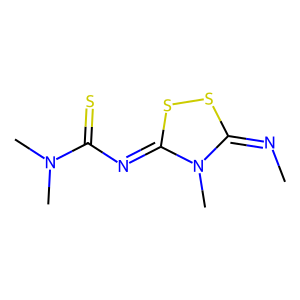
SMILES: CN=c1ssc(=NC(=S)N(C)C)n1C
Inhibits HIV replication: No